Insane asylums in Bengal annual reports 1876-1887 - 1876-1887
Year: 1876
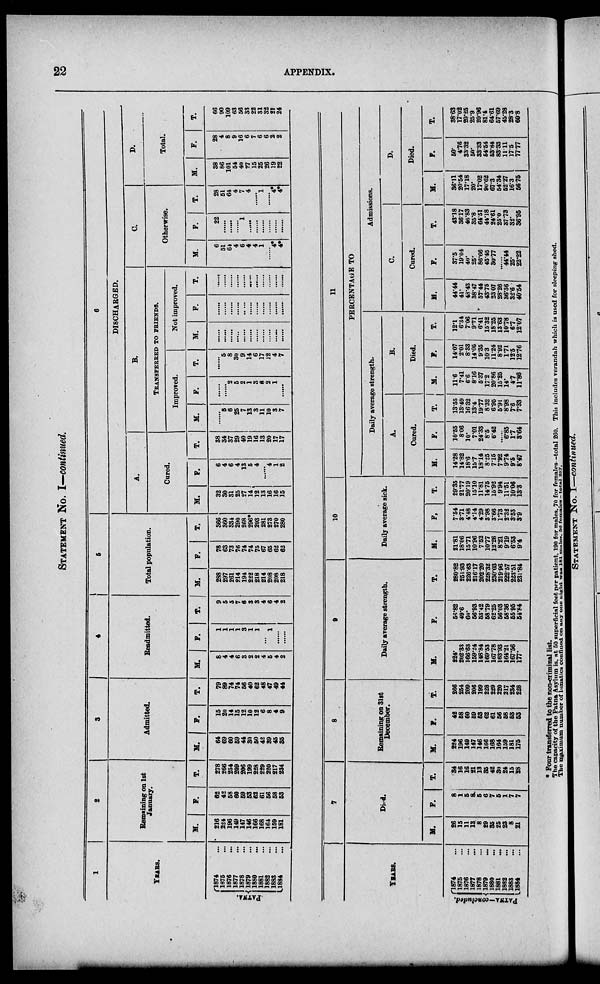
22
APPENDIX.
STATEMENT No. I—continued.
1
YEARS.
PATNA.
1874 ...
1875 ...
1876 ...
1877 ...
1878 ...
1879 ...
1880 ...
1881 ...
1882 ...
1883 ...
1884 ...
2
Remaining on 1st
January.
M.
216
224
196
149
147
148
166
168
164
159
181
F.
62
42
58
60
59
53
62
61
56
58
53
T.
278
266
254
209
206
199
228
229
220
217
234
3
Admitted.
M.
64
69
60
59
44
30
50
42
39
45
35
F.
16
20
14
15
12
10
12
6
8
4
9
T.
79
89
74
74
56
40
62
48
47
49
44
4
Readmitted.
M.
8
4
4
6
3
2
2
4
5
4
2
F.
1
1
1
1
3
1
1
......
1
......
......
T.
9
5
5
7
6
3
3
4
6
4
2
5
Total population.
H.
288
297
261
214
194
222
218
214
208
208
218
F.
78
63
73
76
74
74
75
67
65
62
62
T.
366
360
334
290
268
296*
293
281
273
270
280
A.
Cared.
M.
32
30
31
25
27
14
12
13
16
16
15
F.
6
4
6
4
13
5
4
......
4
1
2
T.
38
34
37
29
40
19
16
13
20
17
17
6
DISCHARGED.
B.
TRANSFEREED TO FRIENDS.
Improved.
M.
......
5
6
25
7
13
3
11
10
3
7
F.
......
......
2
5
2
1
3
6
2
1
......
T.
......
5
8
30
9
14
6
17
12
4
7
Not improved.
M.
......
......
......
......
......
......
......
......
......
......
......
F.
......
......
......
......
......
......
......
......
......
......
......
T.
...
...
...
...
...
...
...
...
...
...
...
C.
Otherwise.
M.
6
51
64
4
6
4
4
1
......
4*
4*
F.
22
......
......
......
1
......
......
......
......
......
......
T.
28
51
64
4
7
4
......
1
......
4*
4*
D.
Total.
M.
38
86
101
54
40
27
15
25
26
19
22
F.
28
4
8
9
16
6
7
6
6
2
2
T.
66
90
109
63
56
33
22
31
33
21
24
YEARS.
PATNA-concluded.
1874 ...
1875 ...
1876 ...
1877 ...
1878 ...
1879 ...
1880 ...
1881 ...
1882 ...
1883 ...
1884 ...
7
Died.
M.
26
15
11
13
8
29
35
25
23
8
21
F.
8
1
5
8
5
6
7
5
1
7
7
T.
34
16
16
21
13
35
42
30
24
15
28
8
Remaining on Slat
December.
M.
224
196
149
147
146
166
168
164
159
181
175
F.
42
58
60
59
53
62
61
56
58
53
53
T.
266
254
209
206
199
228
229
220
217
234
228
9
Daily average strength.
M.
224.
202.33
166.63
159.24
148.84
169.53
167.78
163.93
164.21
167.56
177.
F.
56.82
49.6
60.
56.93
53.42
58.79
62.25
56.08
58.36
55.95
54.84
T.
280.82
251.93
226.63
216.17
202.20
228.32
230.03
219.96
222.57
223.51
231.84
10
Daily average sick.
M.
21.81
18.06
15.71
10.96
7.52
10.77
12.26
8.21
9.19
6.53
9.4
F.
7.54
3.71
4.48
4.14
4.29
3.98
3.66
1.73
2.32
3.53
3.9
T.
29.35
21.77
20.19
15.10
11.81
14.75
15.92
9.94
11.51
10.06
13.3
11
PERCENTAGE TO
Daily average strength.
A.
Cured.
M.
14.28
14.82
18.6
15.7
18.14
8.25
7.15
7.92
9.74
9.5
8.47
F.
10.55
8.06
10.
7.01
24.33
8.5
6.42
......
6.85
1.7
8.64
T.
13.55
13.49
16.32
13.4
19.77
8.32
6.95
5.91
8.98
7.6
7.33
B.
Died.
M.
11.6
7.41
6.6
8.16
5.37
17.2
20.86
15.25
14.
4.7
11.86
F.
14.07
2.01
8.33
14.05
9.35
10.3
11.24
8.92
1.71
12.5
12.76
T.
12.1
6.34
7.06
9.71
6.41
15.32
18.25
13.63
10.78
6.7
12.07
Admissions.
C.
Cured.
M.
44.44
41.
43.43
38.47
57.44
43.75
23.07
28.26
36.36
32.6
40.54
F.
37.5
19.04
40.
25.
86.66
45.45
30.77
......
44.44
25.
22.22
T.
43.18
36.17
46.83
35.8
64.51
44.18
24.61
25.0
37.73
32.
36.95
D.
Died.
M.
36.11
20.54
17.18
20.
17.02
90.62
67.3
54.34
52.27
16.3
56.75
F.
50.
4.76
33.32
50.
33.33
54.54
53.84
83.33
11.11
17.5
77.77
T.
38.63
17.02
20.25
25.9
20.96
81.4
64.61
57.69
45.28
28.3
60.8
* Four transferred to the non-criminal list.
The capacity of the Patna Asylum is, at 50 superficial feet per patient, 190 for males, 70 for females. -total 260. This includes verandah which is used for sleeping: shed.
The maximum number of lunatics confined on any one night was 181 males 56 females - total 237.